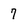
Character: 7